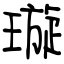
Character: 璇